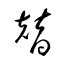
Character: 替